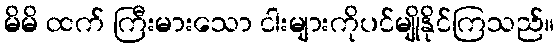
မိမိ ထက် ကြီးမားသော ငါးများကိုပင်မျိုနိုင်ကြသည်။